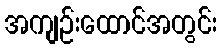
အကျဉ်းထောင်အတွင်း